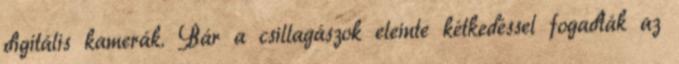
digitális kamerák. Bár a csillagászok eleinte kétkedéssel fogadták az